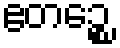
ဧတဉ္စေ